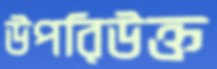
উপরিউক্ত